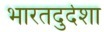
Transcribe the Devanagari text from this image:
भारतदुर्दशा